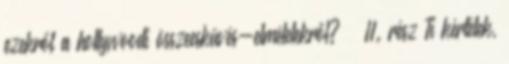
ezekről a hollywoodi összeesküvés-elméletekről? – II. rész Ti kértétek,